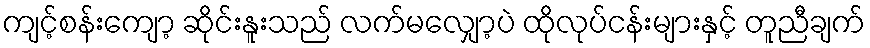
ကျင့်စန်းကျော့ ဆိုင်းနူးသည် လက်မလျှော့ပဲ ထိုလုပ်ငန်းများနှင့် တူညီချက်